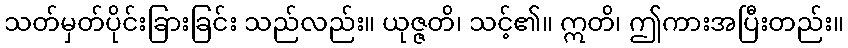
သတ်မှတ်ပိုင်းခြားခြင်း သည်လည်း။ ယုဇ္ဇတိ၊ သင့်၏။ ဣတိ၊ ဤကားအပြီးတည်း။